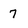
Character: 7